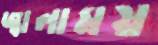
জ্বালাময়